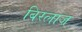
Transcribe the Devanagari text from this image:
बिरलाज